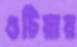
গুটিয়ায়